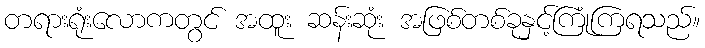
တရားရုံးလောကတွင် အထူး ဆန်းဆုံး အဖြစ်တစ်ခုနှင့်ကြုံကြရသည်။